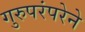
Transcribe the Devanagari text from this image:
गुरुपरंपरेने